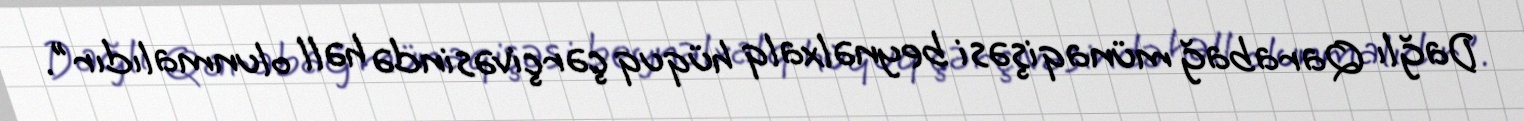
Dağlı Qarabağ münaqişəsi beynəlxalq hüquq çərçivəsində həll olunmalıdır".